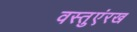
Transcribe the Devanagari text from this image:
वस्तुएंरख